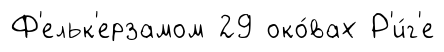
Ф'ельк'ерзамом 29 око́вах Р'и́г'е